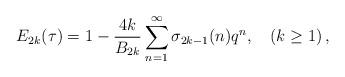
LaTeX: \begin{align*}E_{2k}(\tau)=1-\frac{4k}{B_{2k}}\sum_{n=1}^\infty \sigma_{2k-1}(n)q^n,\quad (k\ge 1)\,,\end{align*}